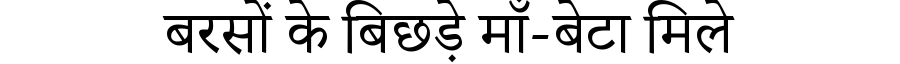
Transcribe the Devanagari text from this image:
बरसों के बिछड़े माँ-बेटा मिले